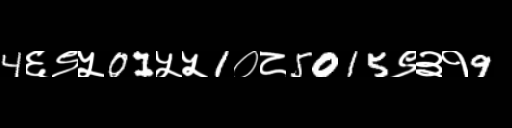
Text: 4६९५01५५1०८5015९३१9